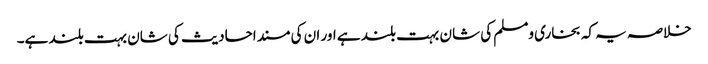
خلاصہ یہ کہ بخاری ومسلم کی شان بہت بلند ہے اور ان کی مسند احادیث کی شان بہت بلند ہے۔